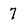
Character: 7